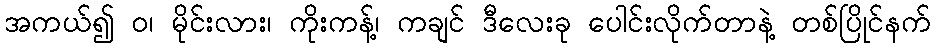
အကယ်၍ ဝ၊ မိုင်းလား၊ ကိုးကန့်၊ ကချင် ဒီလေးခု ပေါင်းလိုက်တာနဲ့ တစ်ပြိုင်နက်